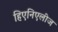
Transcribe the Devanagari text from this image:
हिएनिएलीज